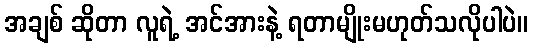
အချစ် ဆိုတာ လူရဲ့ အင်အားနဲ့ ရတာမျိုးမဟုတ်သလိုပါပဲ။